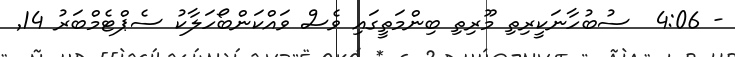
- 4:06  ސުބުހާނަކީރިތި މޫރިތި ބިންމަތީގައި ވެސް ވައްކަންބޯހަަލާކު ސެޕްޓެމްބަރު 14